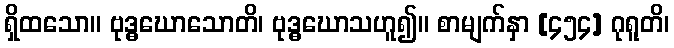
ရှိထသော။ ဗုဒ္ဓဃောသောတိ၊ ဗုဒ္ဓဃောသဟူ၍။ စာမျက်နှာ [၄၅၄] ဂုရူတိ၊